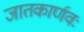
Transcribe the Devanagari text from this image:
जातकार्णवः